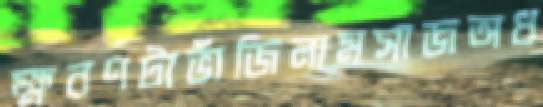
ক্ষরণটাভাঁজিলামসাজঅধ